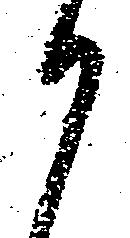
か